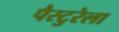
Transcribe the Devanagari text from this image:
पैस्टुरेला